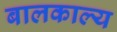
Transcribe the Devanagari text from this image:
बालकाल्य